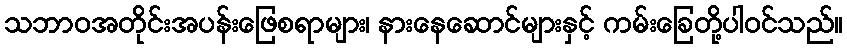
သဘာဝအတိုင်းအပန်းဖြေစရာများ၊ နားနေဆောင်များနှင့် ကမ်းခြေတို့ပါဝင်သည်။